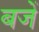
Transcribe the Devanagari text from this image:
बजें